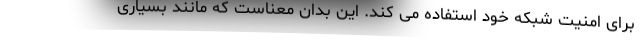
برای امنیت شبکه خود استفاده می کند. این بدان معناست که مانند بسیاری